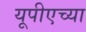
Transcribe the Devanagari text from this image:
यूपीएच्या